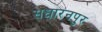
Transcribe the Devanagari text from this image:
सधारनपुर